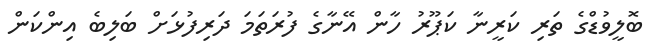
ބޮލީވުޑްގެ ތަރި ކަރީނާ ކަޕޫރު ހާން އޭނާގެ ފުރަތަމަ ދަރިފުޅަށް ބަލިބެ އިންކަން